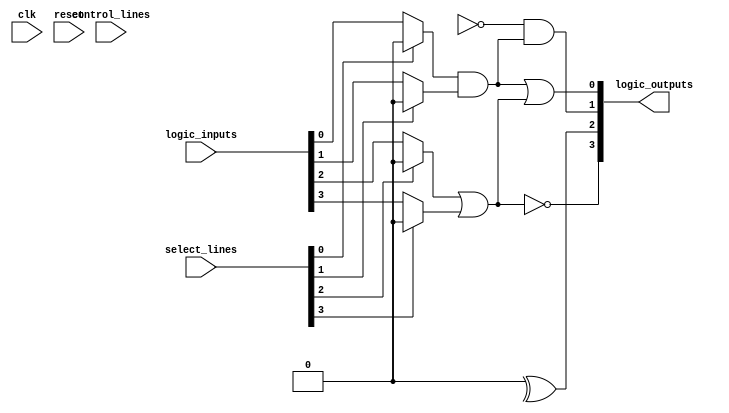
module LAB (
    input wire [N-1:0] logic_inputs,     // N input signals
    input wire [M-1:0] select_lines,      // M select lines for multiplexers
    input wire [C-1:0] control_lines,      // Control lines for configuration
    output wire [P-1:0] logic_outputs,    // P output signals
    input wire clk,                        // Clock for control logic
    input wire reset                       // Reset signal
);
    // Parameters
    parameter N = 8;                       // Number of inputs
    parameter M = 4;                       // Number of multiplexers
    parameter C = 4;                       // Number of control signals
    parameter P = 4;                       // Number of outputs

    // Internal signals
    wire [N-1:0] selected_inputs;          // Selected inputs from multiplexers
    wire [N-1:0] logic_gate_outputs;       // Outputs from logic gates
    wire [P-1:0] interconnect_outputs;     // Interconnect outputs
    wire [P-1:0] feedback;                 // Feedback paths

    // Input multiplexers
    genvar i;
    generate
        for (i = 0; i < M; i = i + 1) begin : mux_gen
            assign selected_inputs[i] = (select_lines[i] == 1'b0) ? logic_inputs[i] : 1'b0; // Simple multiplexer behavior
        end
    endgenerate

    // Example logic gates (AND, OR, NOT)
    assign logic_gate_outputs[0] = selected_inputs[0] & selected_inputs[1]; // AND gate
    assign logic_gate_outputs[1] = selected_inputs[2] | selected_inputs[3]; // OR gate
    assign logic_gate_outputs[2] = ~selected_inputs[4];                      // NOT gate
    assign logic_gate_outputs[3] = selected_inputs[5] ^ selected_inputs[6]; // XOR gate

    // Feedback paths (example)
    assign feedback = logic_gate_outputs[0:1]; // Feedback from AND and OR gates

    // Interconnect logic
    assign interconnect_outputs[0] = feedback[0] | feedback[1]; // Example interconnect logic
    assign interconnect_outputs[1] = logic_gate_outputs[2] & feedback[0];
    assign interconnect_outputs[2] = logic_gate_outputs[3];
    assign interconnect_outputs[3] = ~logic_gate_outputs[1]; // Inverted output

    // Output assignments
    assign logic_outputs = interconnect_outputs;

    // Control logic (simplified)
    always @(posedge clk or posedge reset) begin
        if (reset) begin
            // Reset logic
        end else begin
            // Control logic to manage multiplexers and gate configurations
        end
    end

endmodule